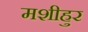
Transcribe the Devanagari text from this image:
मशीहुर